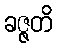
ခဇ္ဇတိ